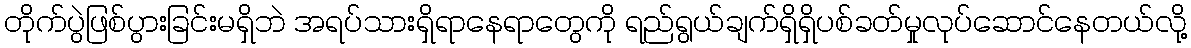
တိုက်ပွဲဖြစ်ပွားခြင်းမရှိဘဲ အရပ်သားရှိရာနေရာတွေကို ရည်ရွယ်ချက်ရှိရှိပစ်ခတ်မှုလုပ်ဆောင်နေတယ်လို့